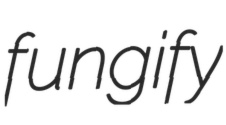
fungify